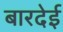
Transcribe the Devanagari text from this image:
बारदेई